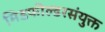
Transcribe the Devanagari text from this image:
मिडफील्डरसंयुक्त